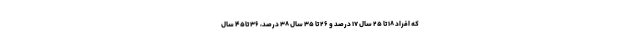
که افراد ۱۸ تا ۲۵ سال ۱۷ درصد و ۲۶ تا ۳۵ سال ۳۸ درصد، ۳۶ تا۴۵ سال